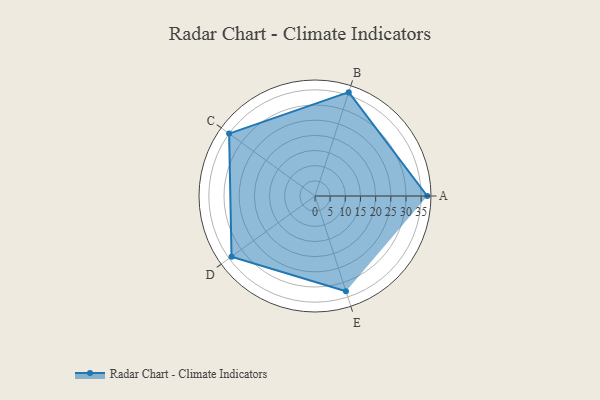
{"axis": {"x": "Skill", "y": "Score"}, "legend": ["Profile"], "data": [{"x": "A", "y": 37.0, "type": "Profile"}, {"x": "B", "y": 36.0, "type": "Profile"}, {"x": "C", "y": 35.0, "type": "Profile"}, {"x": "D", "y": 34.0, "type": "Profile"}, {"x": "E", "y": 33.0, "type": "Profile"}]}